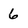
Character: 6